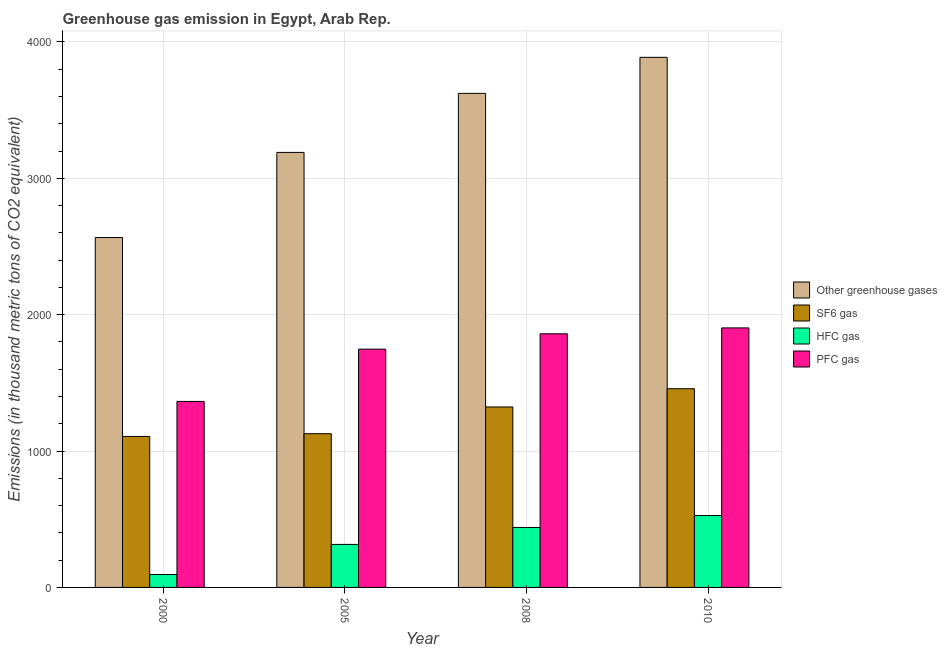
| Year | Other greenhouse gases | SF6 gas | HFC gas | PFC gas |
 | --- | --- | --- | --- | --- |
 | 2000 | 2.57e+03 | 1.11e+03 | 94.7 | 1.36e+03 |
 | 2005 | 3.19e+03 | 1.13e+03 | 315 | 1.75e+03 |
 | 2008 | 3.62e+03 | 1.32e+03 | 440 | 1.86e+03 |
 | 2010 | 3.89e+03 | 1.46e+03 | 527 | 1.9e+03 |